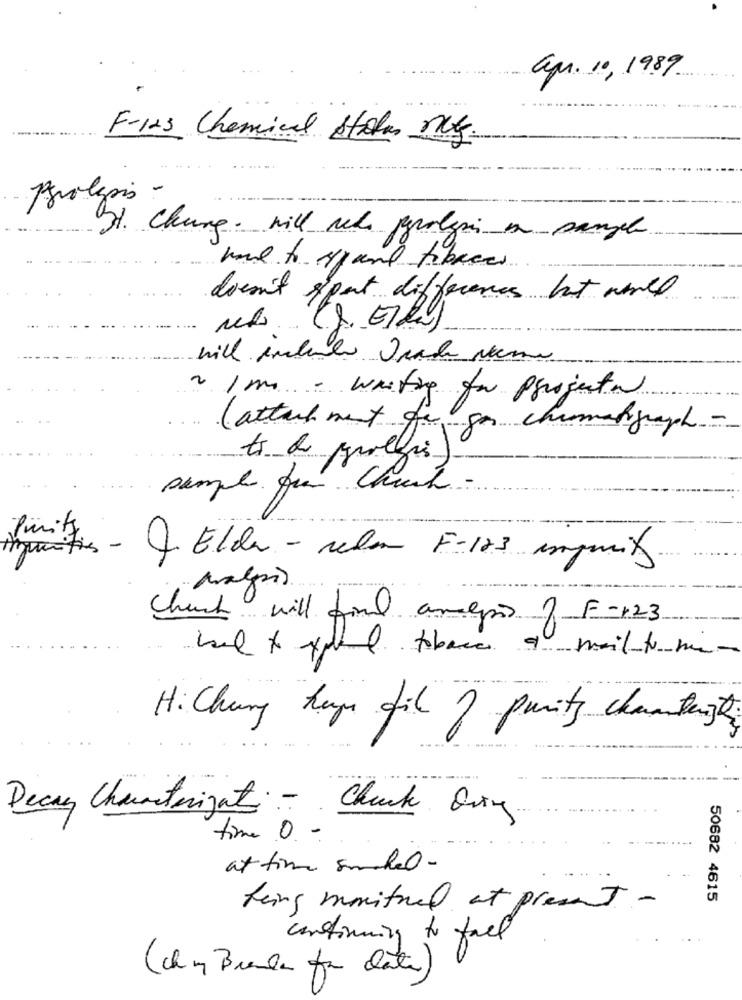
apr. 10, 1989
F-123 Chemical Stole My.
Paralysis
31. Chung. will relo pavolgi en sample
had to sant tobacco
doesn't sport difference hat wall
will include Upad Neme
2 /m = waiting for projecto
(attachment fe gos chumangraph -
ts de golfi)
sample for Church -
Purity
Injunction - 4 Elder - celar F-123 amgmit.
Church will find analysis of F-123
had to pete thace a mail to ma-
Hi Chung heye fil ? purity chantingthe
Decay Characterizet- Chuck aring
time O-
at time suchel-
50682 4615
thing moitual at present -
continuing to fall
(chy Brande for late)